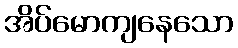
အိပ်မောကျနေသော